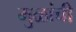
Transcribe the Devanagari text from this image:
मुळांची